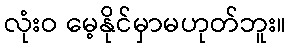
လုံးဝ မေ့နိုင်မှာမဟုတ်ဘူး။